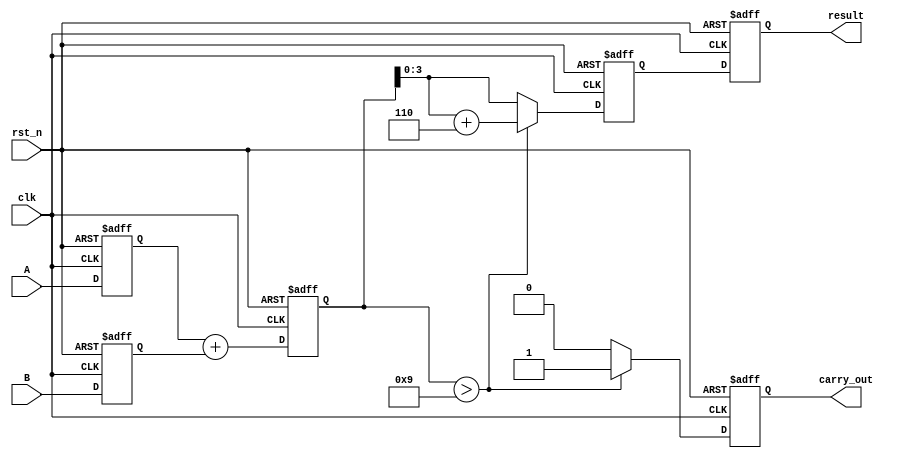
module BCD_Pipelined_Adder (
    input wire clk,
    input wire rst_n,
    input wire [3:0] A,
    input wire [3:0] B,
    output reg [3:0] result,
    output reg carry_out
);

reg [3:0] A_reg, B_reg;        // Registers for input stage
reg [4:0] sum_reg;            // Register for sum in addition stage
reg [4:0] corrected_sum;      // Register for corrected sum in correction stage

// Input Stage
always @(posedge clk or negedge rst_n) begin
    if (!rst_n) begin
        A_reg <= 4'b0000;
        B_reg <= 4'b0000;
    end else begin
        A_reg <= A;
        B_reg <= B;
    end
end

// Addition Stage
always @(posedge clk or negedge rst_n) begin
    if (!rst_n) begin
        sum_reg <= 5'b00000;
    end else begin
        sum_reg <= A_reg + B_reg;
    end
end

// Correction Stage
always @(posedge clk or negedge rst_n) begin
    if (!rst_n) begin
        corrected_sum <= 5'b00000;
        carry_out <= 1'b0;
    end else begin
        if (sum_reg > 5'b01001) begin  // Check if SUM > 9
            corrected_sum <= sum_reg + 5'b00110;  // Add 6 (0110 in binary)
            carry_out <= 1'b1;  // Indicate a carry out
        end else begin
            corrected_sum <= sum_reg;
            carry_out <= 1'b0;
        end
    end
end

// Output Stage
always @(posedge clk or negedge rst_n) begin
    if (!rst_n) begin
        result <= 4'b0000;
    end else begin
        result <= corrected_sum[3:0];  // Assign lower 4 bits as result
    end
end

endmodule